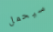
سيحمل